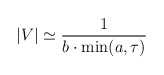
\begin{align*}\left| V \right| \simeq \frac1 {b \cdot \min(a,\tau)}\end{align*}